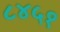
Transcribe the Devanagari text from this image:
८४५१